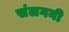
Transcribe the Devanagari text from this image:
संलगनी